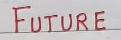
Future